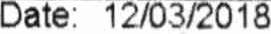
DATE: 12/03/2018